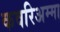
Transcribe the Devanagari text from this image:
कवरिअम्मा